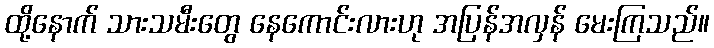
ထို့နောက် သားသမီးတွေ နေကောင်းလားဟု အပြန်အလှန် မေးကြသည်။